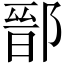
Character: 鄑